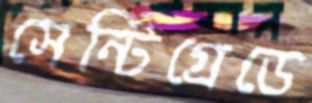
সেন্টিগ্রেডে